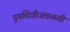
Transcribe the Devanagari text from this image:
दुर्गादेवीजवळची